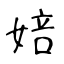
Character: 婄